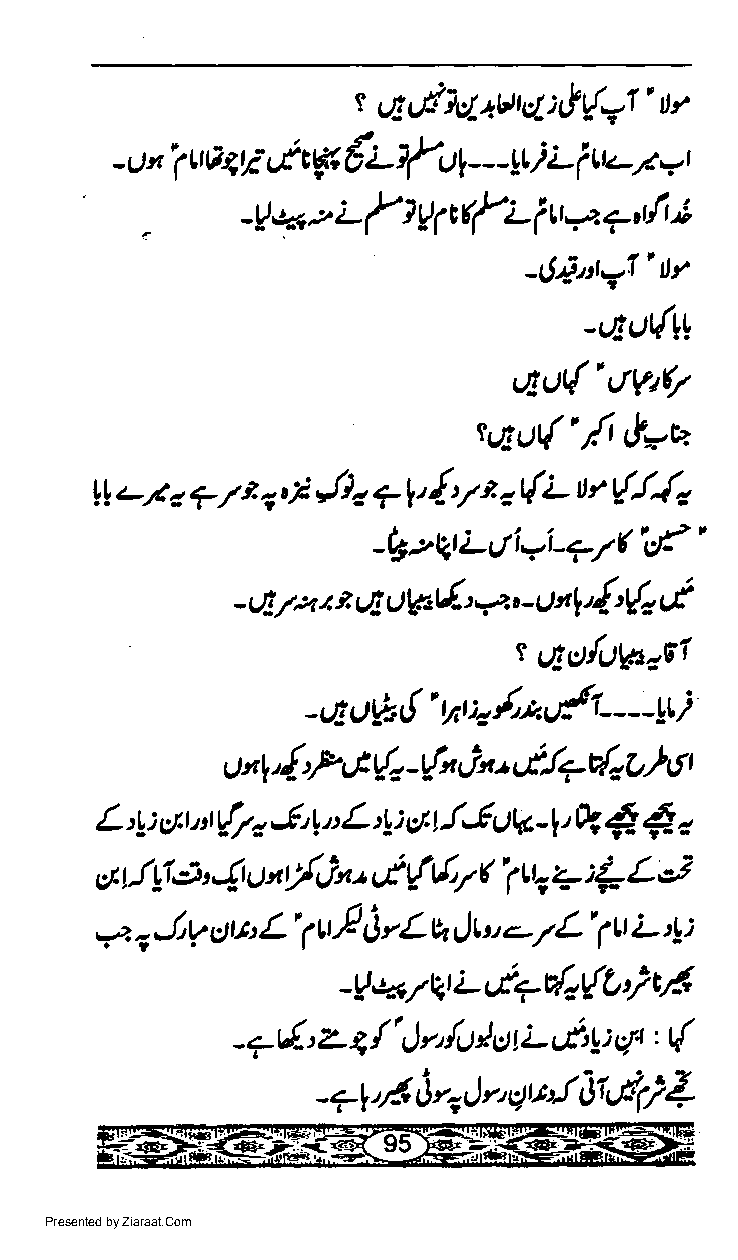
e 6ul-*l2utc2tvl-1'tr
 ;,
 €rr/'ut---V
 -u,t'r''la4i u&W               r,t -s=r
 i
 I
 -!* ;,, L { t 91 crfi- i tr-q 7 rfi
 'trr
 -1J.i-t-I
 -qL){W
 qu('ttWQ
 tttu('rt
 t=u
 ll ts.- 7 7 r 4 I $o 7 1, { y t, t{L u r r/l{z
 L   i.?i / ( lJa'
 -b 2Qt ut'  - <-,
 tl'!'{. tt
 l      rl     4
 - t 7:z.t ?. ut4r,6- t - U
 "
 r qcfit@ail
 /'*v{t      i
 * u6,!'
 -        vt 4       - - - .-Yt
 (*  t Jna,{+{oC'}  g
 U "l'{'P,t  -f-                t
 L ;V erD n (7a J't t: L :!: cl| !.1 uV-l' * 4 4-,
 cttJLl$'4uty'r,in'6tltlyl'1qa:{Lcs
 -. . o Jy uv, L' 1 u,E i rL k it u -- 7 L' 1t L 4:
 -!*7qtu6*'''o{Lirt
 (
 /'
 -7ul-' Z    I n {tl I ettL d'rr: cJ1 :
 4,
 -71'AirrJnqvfitlvft)Z
 Presented by Ziaraat.Com